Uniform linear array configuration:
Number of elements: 32
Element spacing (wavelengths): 0.25
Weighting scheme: blackman
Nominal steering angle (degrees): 0
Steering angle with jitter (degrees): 1.428
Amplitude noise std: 0.05
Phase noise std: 0.05

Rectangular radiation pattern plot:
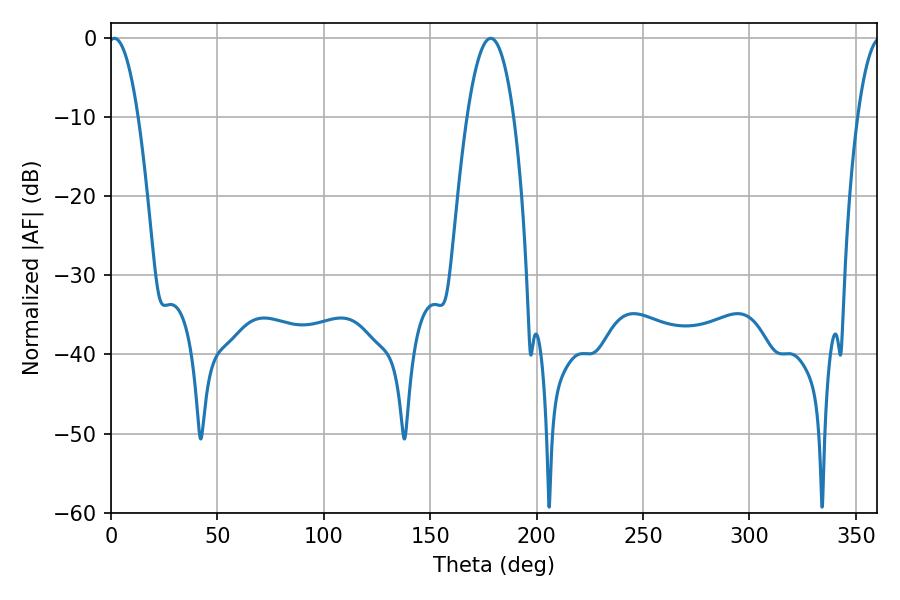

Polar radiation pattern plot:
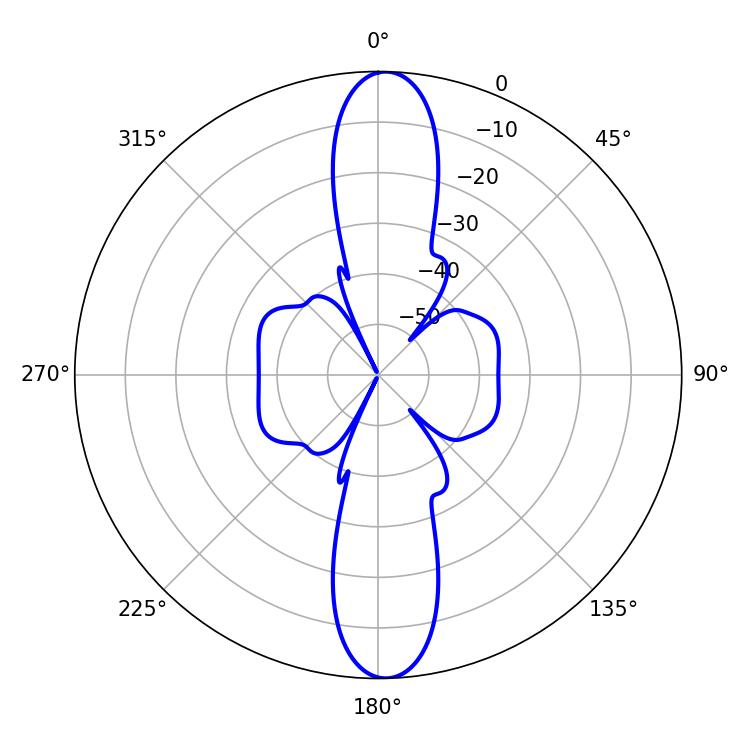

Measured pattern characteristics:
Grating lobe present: FALSE
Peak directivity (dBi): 21.703
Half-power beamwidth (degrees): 7.74
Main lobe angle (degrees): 1.62